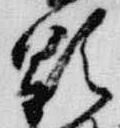
顕